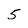
Character: 5